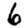
Digit: 6